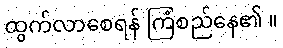
ထွက်လာစေရန် ကြံစည်နေ၏ ။